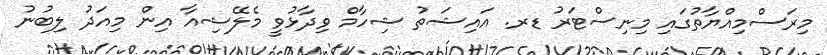
މިރަސްމިއްޔާތުގައި މިނިސްޓަރު ޑރ. އައިޝަތު ޝިހާމް ވިދާޅުވީ މެލޭޝިއާ އިން މިއަދު ލިބުނު